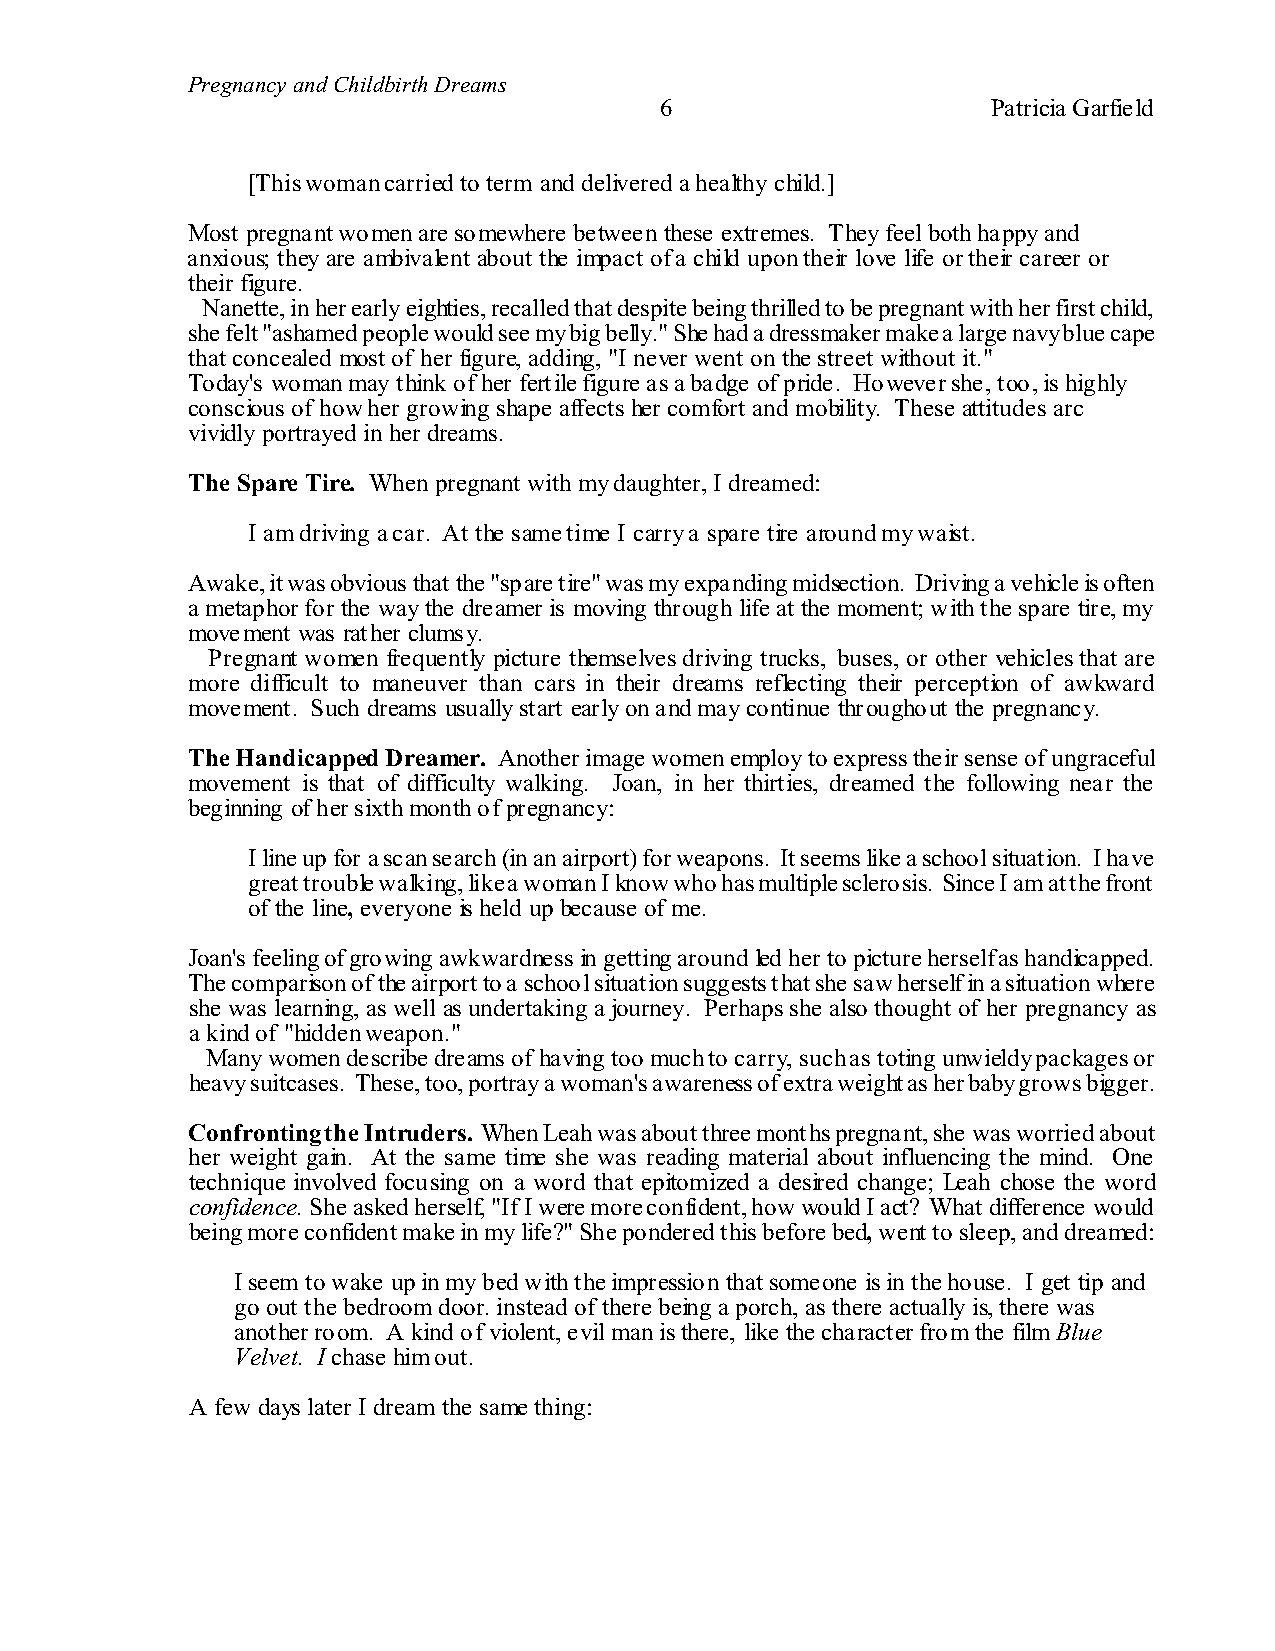
Pregnancy and Childbirth Dreams
 6                     Patricia Garfield
 [This woman carried to term and delivered a healthy child.]
 Most pregnant women are somewhere between these extremes. They feel both happy and
 anxious; they are ambivalent about the impact of a child upon their love life or their career or
 their figure.
 Nanette, in her early eighties, recalled that despite being thrilled to be pregnant with her first child,
 she felt "ashamed people would see my big belly." She had a dressmaker make a large navy blue cape
 that concealed most of her figure, adding, "I never went on the street without it."
 Today's woman may think of her fertile figure as a badge of pride. However she, too, is highly
 conscious of how her growing shape affects her comfort and mobility. These attitudes arc
 vividly portrayed in her dreams.
 The Spare Tire. When pregnant with my daughter, I dreamed:
 I am driving a car. At the same time I carry a spare tire around my waist.
 Awake, it was obvious that the "spare tire" was my expanding midsection. Driving a vehicle is often
 a metaphor for the way the dreamer is moving through life at the moment; with the spare tire, my
 movement was rather clumsy.
 Pregnant women frequently picture themselves driving trucks, buses, or other vehicles that are
 more difficult to maneuver than cars in their dreams reflecting their perception of awkward
 movement. Such dreams usually start early on and may continue throughout the pregnancy.
 The Handicapped Dreamer. Another image women employ to express their sense of ungraceful
 movement is that of difficulty walking. Joan, in her thirties, dreamed the following near the
 beginning of her sixth month of pregnancy:
 I line up for a scan search (in an airport) for weapons. It seems like a school situation. I have
 great trouble walking, like a woman I know who has multiple sclerosis. Since I am at the front
 of the line, everyone is held up because of me.
 Joan's feeling of growing awkwardness in getting around led her to picture herself as handicapped.
 The comparison of the airport to a school situation suggests that she saw herself in a situation where
 she was learning, as well as undertaking a journey. Perhaps she also thought of her pregnancy as
 a kind of "hidden weapon."
 Many women describe dreams of having too much to carry, such as toting unwieldy packages or
 heavy suitcases. These, too, portray a woman's awareness of extra weight as her baby grows bigger.
 Confronting the Intruders. When Leah was about three months pregnant, she was worried about
 her weight gain. At the same time she was reading material about influencing the mind. One
 technique involved focusing on a word that epitomized a desired change; Leah chose the word
 confidence. She asked herself, "If I were more confident, how would I act? What difference would
 being more confident make in my life?" She pondered this before bed, went to sleep, and dreamed:
 I seem to wake up in my bed with the impression that someone is in the house. I get tip and
 go out the bedroom door. instead of there being a porch, as there actually is, there was
 another room. A kind of violent, evil man is there, like the character from the film Blue
 Velvet. I chase him out.
 A few days later I dream the same thing: